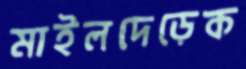
মাইলদেড়েক